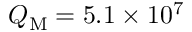
Q _ { \mathrm { M } } = 5 . 1 \times 1 0 ^ { 7 }